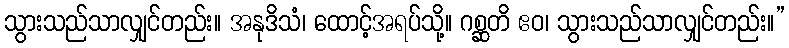
သွားသည်သာလျှင်တည်း။ အနုဒိသံ၊ ထောင့်အရပ်သို့။ ဂစ္ဆတိ ဧဝ၊ သွားသည်သာလျှင်တည်း။”